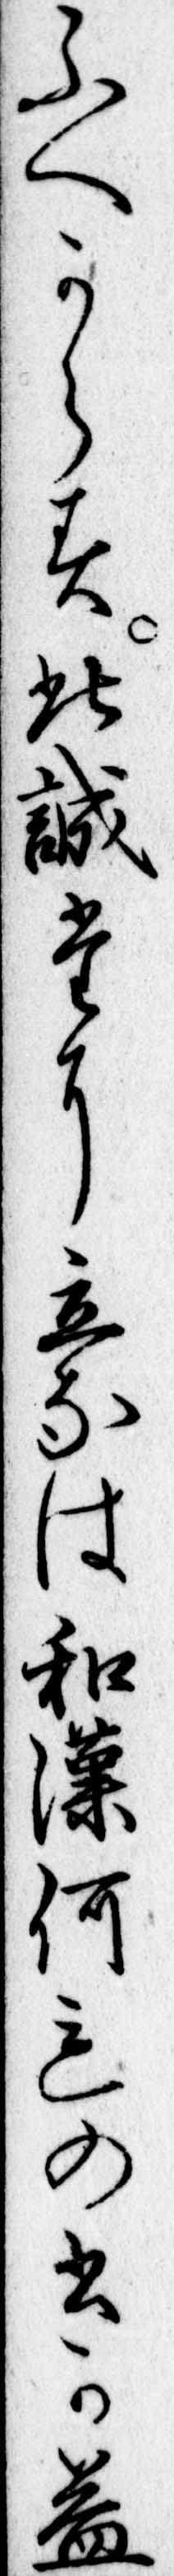
ふへからす此誠たに立なは和漢何れの書か益